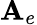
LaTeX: \mathbf{A}_{e}